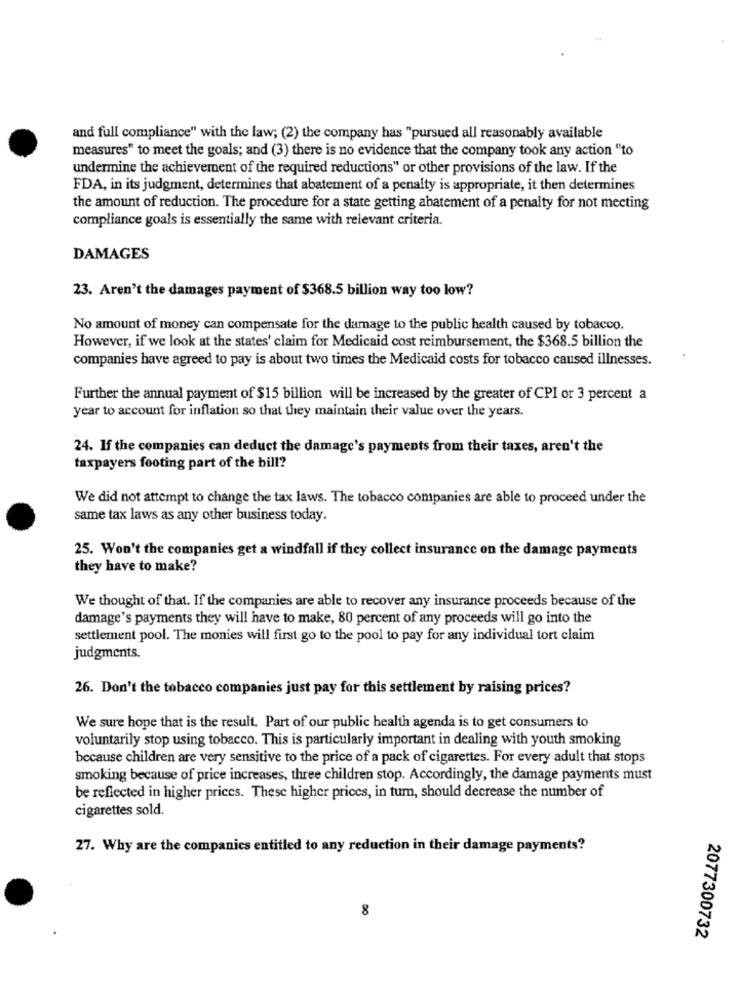
and full compliance" with the law; (2) the company has "pursued all reasonably available
measures" to meet the goals; and (3) there is no evidence that the company took any action "to
undermine the achievement of the required reductions" or other provisions of the law. If the
FDA, in its judgment, determines that abatement of a penalty is appropriate, it then determines
the amount of reduction. The procedure for a state getting abatement of a penalty for not meeting
compliance goals is essentially the same with relevant criteria.
DAMAGES
23. Aren't the damages payment of $368.5 billion way too low?
No amount of money can compensate for the damage to the public health caused by tobacco.
However, if we look at the states' claim for Medicaid cost reimbursement, the $368.5 billion the
companies have agreed to pay is about two times the Medicaid costs for tobacco caused illnesses.
Further the annual payment of $15 billion will be increased by the greater of CPI or 3 percent a
year to account for inflation so that they maintain their value over the years.
24. If the companies can deduct the damage's payments from their taxes, aren't the
taxpayers footing part of the bill?
We did not attempt to change the tax laws. The tobacco companies are able to proceed under the
same tax laws as any other business today.
25. Won't the companies get a windfall if they collect insurance on the damage payments
they have to make?
We thought of that. If the companies are able to recover any insurance proceeds because of the
damage's payments they will have to make, 80 percent of any proceeds will go into the
settlement pool. The monies will first go to the pool to pay for any individual tort claim
judgments.
26. Don't the tobacco companies just pay for this settlement by raising prices?
We sure hope that is the result. Part of our public health agenda is to get consumers to
voluntarily stop using tobacco. This is particularly important in dealing with youth smoking
because children are very sensitive to the price of a pack of cigarettes. For every adult that stops
smoking because of price increases, three children stop. Accordingly, the damage payments must
be reflected in higher prices. These higher prices, in turn, should decrease the number of
cigarettes sold.
27. Why are the companies entitled to any reduction in their damage payments?
8
2077300732